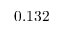
0 . 1 3 2